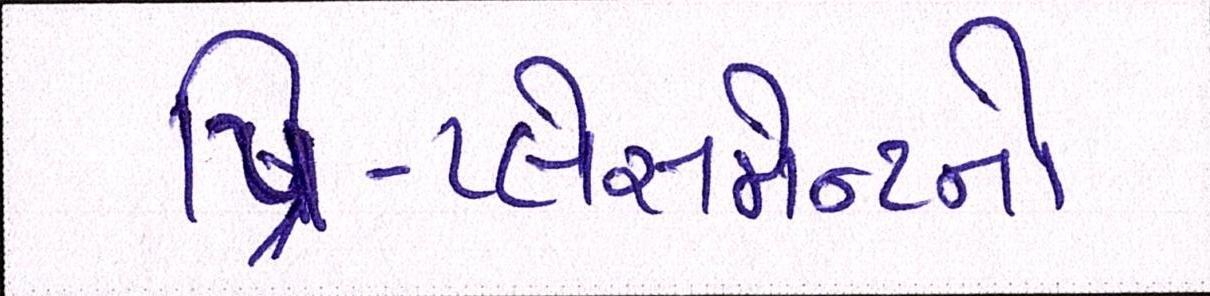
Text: પ્રિ-પ્લેસમેન્ટનો